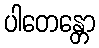
ပါတေန္တော